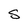
Character: s